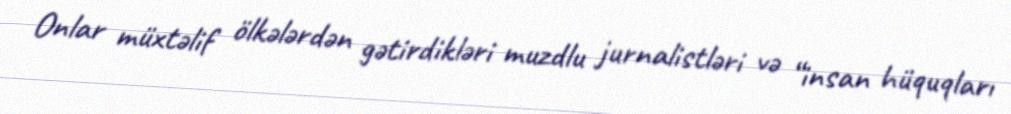
Onlar müxtəlif ölkələrdən gətirdikləri muzdlu jurnalistləri və “insan hüquqları